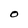
Character: O